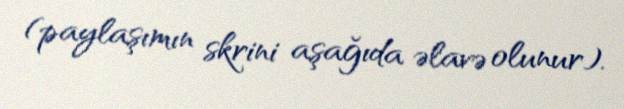
(paylaşımın skrini aşağıda əlavə olunur).